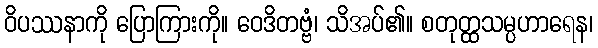
ဝိပဿနာကို ပြောကြားကို။ ဝေဒိတဗ္ဗံ၊ သိအပ်၏။ စတုတ္ထသမ္ပဟာရေန၊